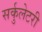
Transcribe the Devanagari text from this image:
सर्कुलेटरी